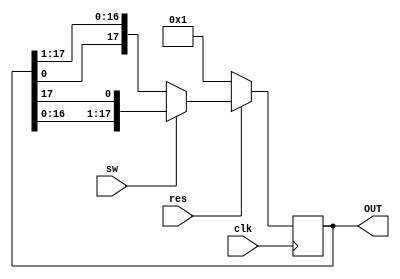
/*
	A 18bits ring counter
*/

module Ring_counter_18bits(
	input clk,				//Set input clk
	input res,				//Set input res
	input sw,				//Set input sw
	output reg [17:0] OUT	//Set a 18bits reg output  
);

always @(posedge clk) begin
	if(res ==1'b0)
		OUT=17'b00000000000000001;	//reset when res as low , and set OUT data as 00001H
	else if(sw==1'b1)
		OUT={OUT[16:0],OUT[17]};	//if sw as HIGH then shift laft and let MSB to LSB
	else
		OUT={OUT[0],OUT[17:1]};		//if sw as low then shift right and let LSB to MSB
end

endmodule